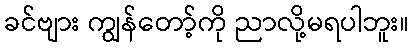
ခင်ဗျား ကျွန်တော့်ကို ညာလို့မရပါဘူး။